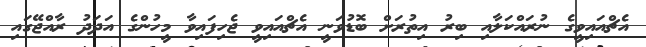
އެޗްއައިވީގެ ނުރައްކަލާއި ބިރު އިތުރަށް ބޮޑުވަނީ އެޗްއައިވީ ޖެހިފައިވާ މީހުންގެ އަދަދު ރާއްޖޭގައި